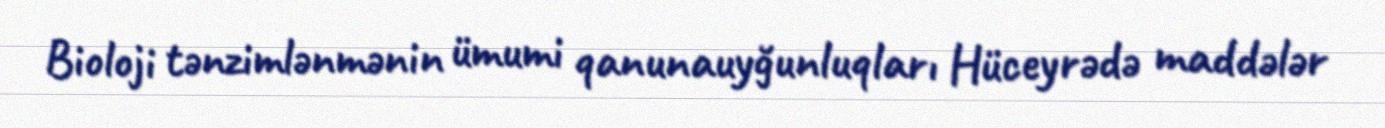
Bioloji tənzimlənmənin ümumi qanunauyğunluqları Hüceyrədə maddələr